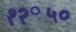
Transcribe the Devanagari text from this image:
१२॰५०